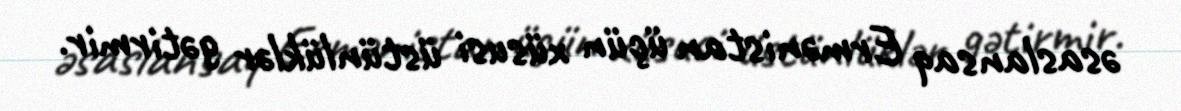
əsaslansaq Ermənistan üçün xüsusi üstünlüklər gətirmir.